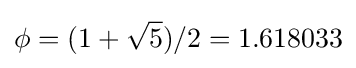
\phi =(1+{\sqrt {5}})/2=1.618033